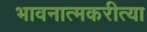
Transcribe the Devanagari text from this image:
भावनात्मकरीत्या